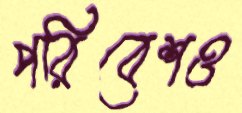
পরিবেশও